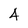
Character: 4